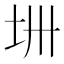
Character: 𫭜